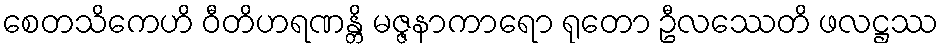
စေတသိကေဟိ ဝီတိဟရဏန္တိ မဇ္ဇနာကာရော ရုတော ဦလဿေတိ ဖလဋ္ဌဿ